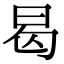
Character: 曷